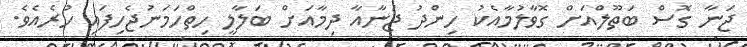
ޖަނާ ގޮސް ބަތޫލްއަށް ގޮވާލުމާއެކު ހިންދު ޖަނާއާ ދިމާާއަށް ބަލާލީ ހިތްހަމަނުޖެހިފައި ހުރެއެވެ.